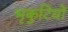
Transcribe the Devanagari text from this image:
भृकुटियों